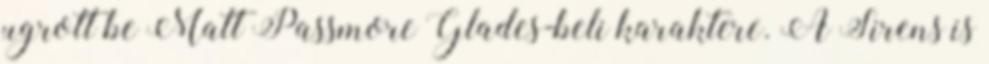
ugrott be Matt Passmore Glades-beli karaktere. A Sirens is